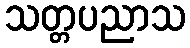
သတ္တပညာသ